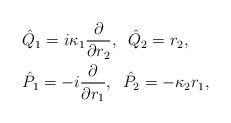
LaTeX: \begin{align*} &\hat{Q}_{1}=i\kappa_{1}\frac{\partial}{\partial r_{2}},\;\; \hat{Q}_{2}=r_{2},\\ &\hat{P}_{1}=-i\frac{\partial}{\partial r_{1}},\;\; \hat{P}_{2}=-\kappa_{2}r_{1}, \end{align*}